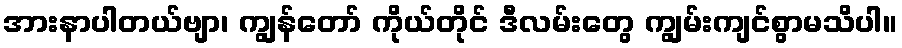
အားနာပါတယ်ဗျာ၊ ကျွန်တော် ကိုယ်တိုင် ဒီလမ်းတွေ ကျွမ်းကျင်စွာမသိပါ။